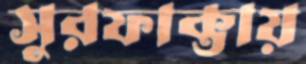
সুরফাক্তায়